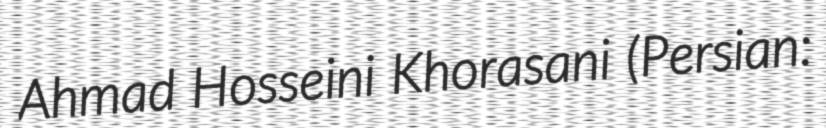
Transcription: Ahmad Hosseini Khorasani (Persian: